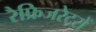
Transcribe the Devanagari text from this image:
रैफ्रिजरेटरों